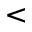
<